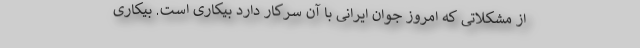
از مشکلاتی که امروز جوان ایرانی با آن سرکار دارد بیکاری است. بیکاری